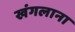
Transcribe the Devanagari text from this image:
खंगलाना